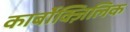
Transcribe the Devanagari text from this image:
कार्बोक्ज़िलिक